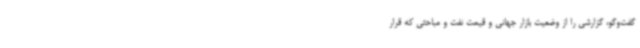
گفت‌وگو، گزارشی را از وضعیت بازار جهانی و قیمت نفت و مباحثی که قرار